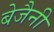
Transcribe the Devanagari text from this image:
बेजैनी